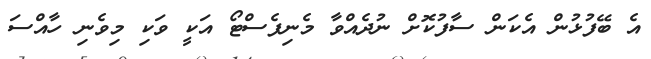
އެ ބޭފުޅުން އެކަން ސާފުކޮށް ނުދެއްވާ މެނިފެސްޓޯ އަކީ ވަކި މިވެނި ހާއްސަ